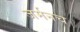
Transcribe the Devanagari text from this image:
जर्मनच